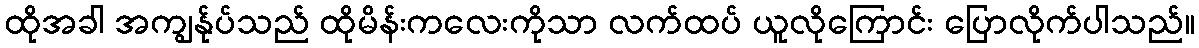
ထိုအခါ အကျွန်ုပ်သည် ထိုမိန်းကလေးကိုသာ လက်ထပ် ယူလိုကြောင်း ပြောလိုက်ပါသည်။